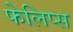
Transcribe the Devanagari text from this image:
फेलिप्स